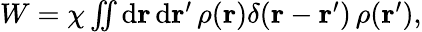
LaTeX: \begin{array}{r}{W=\chi\iint\mathrm{d}\mathbf{r}\, \mathrm{d}\mathbf{r}^{\prime}\, \rho(\mathbf{r})\delta(\mathbf{r}-\mathbf{r}^{\prime})\, \rho(\mathbf{r}^{\prime}),}\end{array}